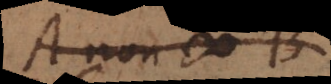
A non # A